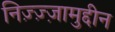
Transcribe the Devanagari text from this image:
निज़्ज़्ज़ामुद्दीन